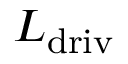
L _ { \mathrm { d r i v } }